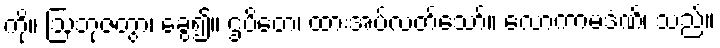
ကို။ ဩဘုဇတွာ၊ ခွေ၍။ ဌပိတေ၊ ထားအပ်လတ်သော်။ လောကာမဒံဏိ၊ သည်။